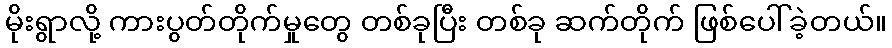
မိုးရွာလို့ ကားပွတ်တိုက်မှုတွေ တစ်ခုပြီး တစ်ခု ဆက်တိုက် ဖြစ်ပေါ်ခဲ့တယ်။